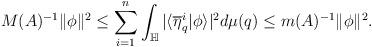
LaTeX: \begin{align*}M(A)^{-1}\|\phi\|^2\leq\sum_{i=1}^{n}\int_{\mathbb{H}}|\langle\overline{\eta}_{q}^i|\phi\rangle|^2 d\mu(q)\leq m(A)^{-1}\|\phi\|^2.\end{align*}